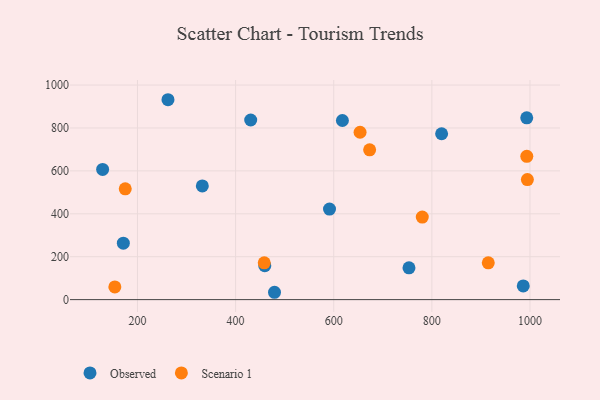
{"axis": {"x": "Study Hours", "y": "Salary"}, "legend": ["Observed", "Scenario 1"], "data": [{"x": "591.4", "y": 422.2, "type": "Observed"}, {"x": "459.5", "y": 158.1, "type": "Observed"}, {"x": "819.9", "y": 773.2, "type": "Observed"}, {"x": "262.2", "y": 931.7, "type": "Observed"}, {"x": "171.2", "y": 263.2, "type": "Observed"}, {"x": "430.8", "y": 837.2, "type": "Observed"}, {"x": "986.3", "y": 63.8, "type": "Observed"}, {"x": "332.2", "y": 530.1, "type": "Observed"}, {"x": "129.0", "y": 606.6, "type": "Observed"}, {"x": "993.4", "y": 847.2, "type": "Observed"}, {"x": "617.7", "y": 834.8, "type": "Observed"}, {"x": "479.3", "y": 34.2, "type": "Observed"}, {"x": "753.4", "y": 148.3, "type": "Observed"}, {"x": "915.0", "y": 171.5, "type": "Scenario 1"}, {"x": "653.7", "y": 780.1, "type": "Scenario 1"}, {"x": "993.5", "y": 667.7, "type": "Scenario 1"}, {"x": "153.9", "y": 59.2, "type": "Scenario 1"}, {"x": "175.1", "y": 516.2, "type": "Scenario 1"}, {"x": "994.7", "y": 559.5, "type": "Scenario 1"}, {"x": "458.4", "y": 171.6, "type": "Scenario 1"}, {"x": "673.2", "y": 698.3, "type": "Scenario 1"}, {"x": "780.5", "y": 384.6, "type": "Scenario 1"}]}